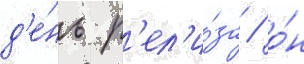
д'е́нь р'ел'и́за / о́н